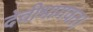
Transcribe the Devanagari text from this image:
देवीभागवत।